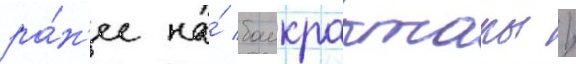
ра́н'ее на́ баикрактары /